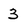
Character: 3